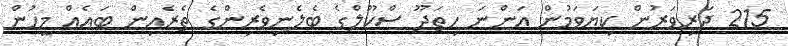
215 ދަރިވަރުން ކިޔަވަމުން އަންނަ ހިތަދޫ ސްކޫލްގެ ބެލެނިވެރިންގެ ތެރެއިން ބައެއް މީހުން